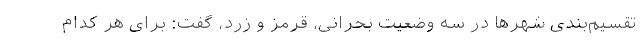
تقسیم‌بندی شهرها در سه وضعیت بحرانی، قرمز و زرد، گفت: برای هر کدام